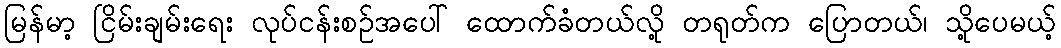
မြန်မာ့ ငြိမ်းချမ်းရေး လုပ်ငန်းစဉ်အပေါ် ထောက်ခံတယ်လို့ တရုတ်က ပြောတယ်၊ သို့ပေမယ့်